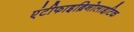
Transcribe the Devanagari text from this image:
एंटीफाइब्रिनोलाइटिक